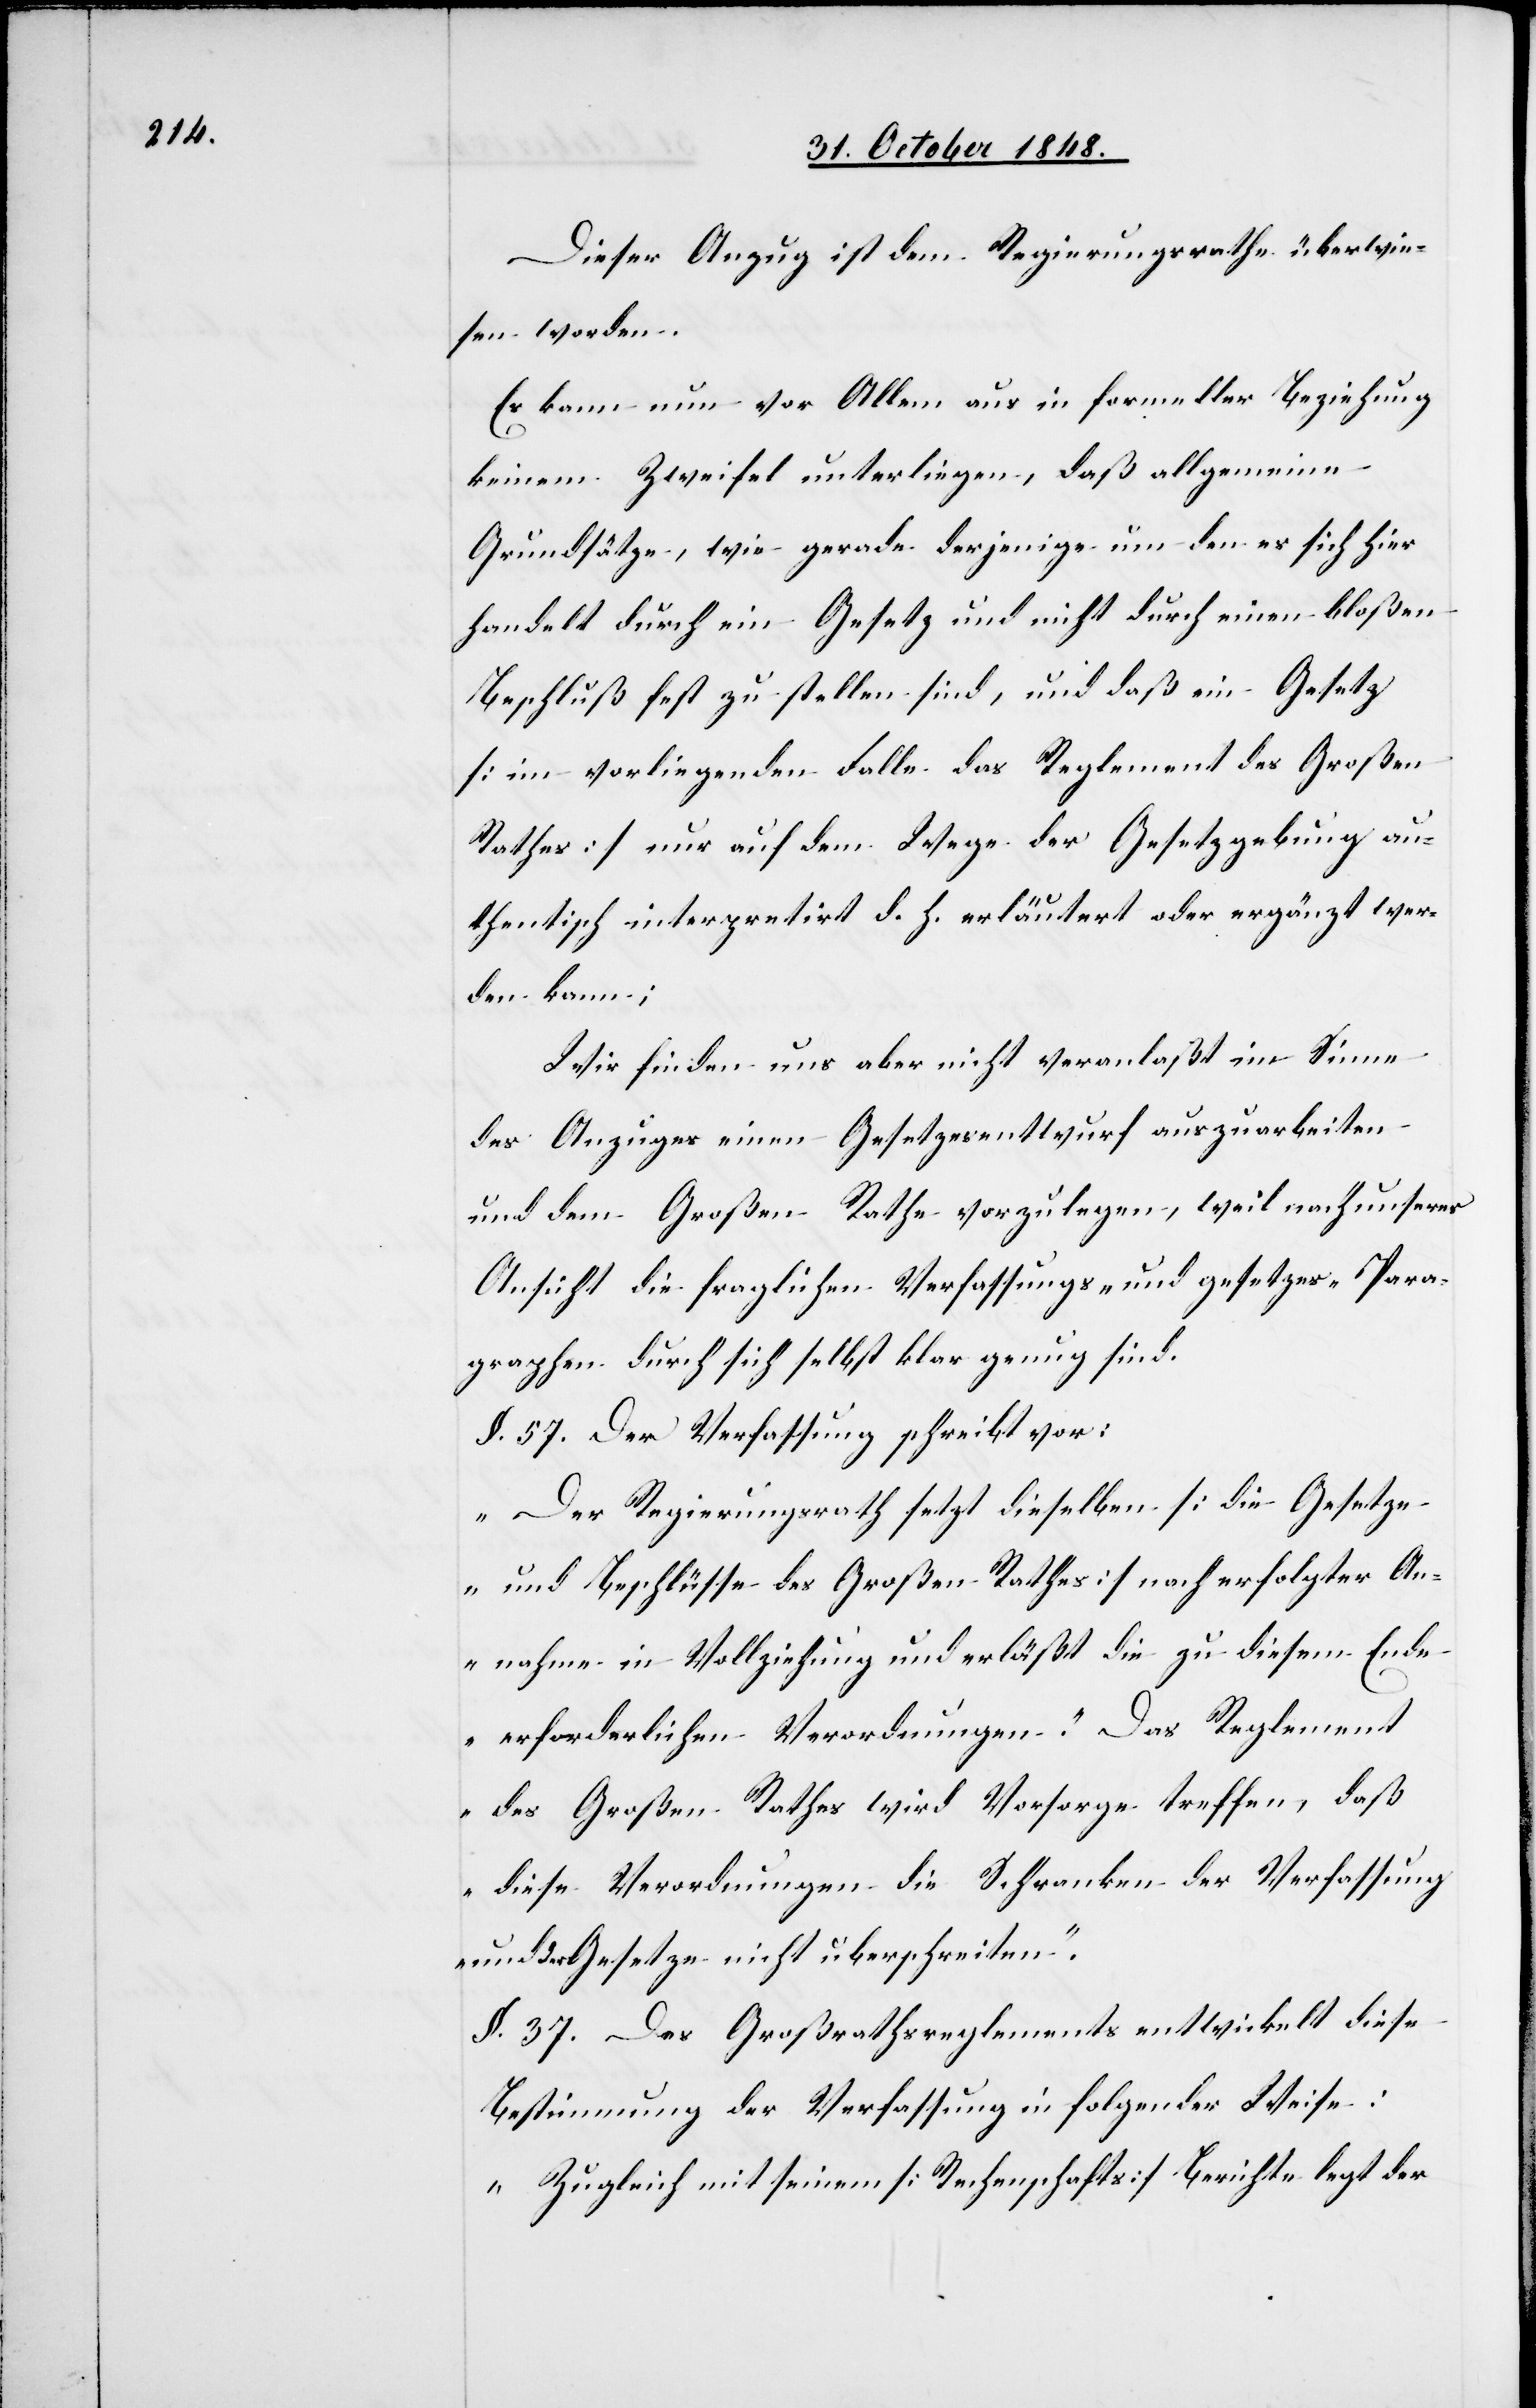
Dieser Anzug ist dem Regierungsrathe überwie¬
sen worden.
Es kann nun vor Allem aus in formeller Beziehung
keinem Zweifel unterliegen, daß allgemeine
Grundsätze, wie gerade derjenige um den es sich hier
handelt durch ein Gesetz und nicht durch einen bloßen
Beschluß fest zu stellen sind, und daß ein Gesetz
[im vorliegenden Falle das Reglement des Großen
Rathes] nur auf dem Wege der Gesetzesgebung au¬
thentisch interpretirt d. h. erläutert oder ergänzt wer¬
den kann;
Wir finden uns aber nicht veranlaßt im Sinne
des Anzuges einen Gesetzesentwurf auszuarbeiten
und dem Großen Rathe vorzulegen, weil nach unserer
Ansicht die fraglichen Verfassungs- und Gesetzes-Para¬
graphen durch sich selbst klar genug sind.
„Der Regierungsrath setzt dieselben [die Gesetze
und Beschlüsse des Großen Rathes] nach erfolgter An¬
nahme in Vollziehung und erläßt die zu diesem Ende
erforderlichen Verordnungen.“ [sic!] Das Reglement
des Großen Rathes wird Vorsorge treffen, daß
diese Verordnungen die Schranken der Verfassung
und der Gesetze nicht überschreiten.“
§. 37. Des Großrathsreglements entwickelt diese
Bestimmung der Verfassung in folgender Weise:
„Zugleich mit seinem [Rechenschafts] Berichte legt der